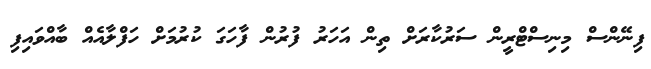
ފިނޭންސް މިނިސްޓްރީން ސަރުކާރަށް ތިން އަހަރު ފުރުން ފާހަގަ ކުރުމަށް ހަފްލާއެއް ބާއްވައިފި